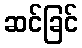
ဆင်ခြင်